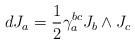
LaTeX: \begin{align*}dJ_a={1\over 2} \gamma_a^{bc}J_b \wedge J_c\end{align*}